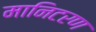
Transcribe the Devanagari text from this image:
मानिटरण